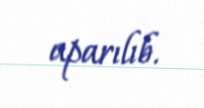
aparılıb.